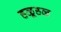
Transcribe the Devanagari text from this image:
हळूहळ